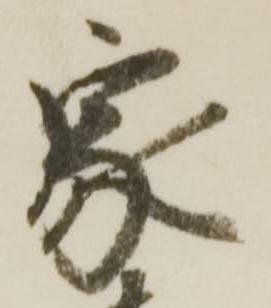
家